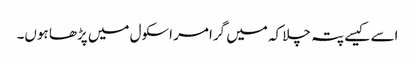
اسے کیسے پتہ چلا کہ میں گرامر اسکول میں پڑھا ہوں۔